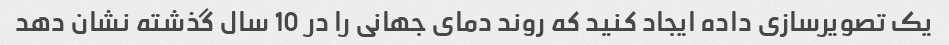
یک تصویرسازی داده ایجاد کنید که روند دمای جهانی را در 10 سال گذشته نشان دهد